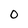
Character: 0